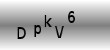
Text: DpkV6